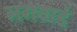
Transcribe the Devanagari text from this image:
नगवाडे